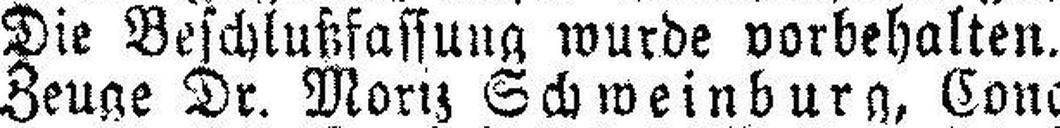
Die Beschlußfassung wurde vorbehalten.